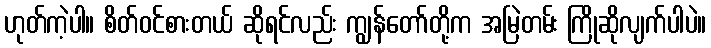
ဟုတ်ကဲ့ပါ။ စိတ်ဝင်စားတယ် ဆိုရင်လည်း ကျွန်တော်တို့က အမြဲတမ်း ကြိုဆိုလျက်ပါပဲ။